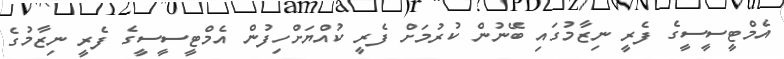
އެމްޓީސީސީގެ ފެރީ ނިޒާމުގައި ބޭނުން ކުރުމަށް ފެރީ ކުއްޔަށްހިފުން އެމްޓީސީސީގެ ފެރީ ނިޒާމުގެ